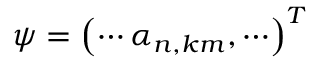
\psi = \left( \cdots \alpha _ { n , \boldsymbol { k } m } , \cdots \right) ^ { T }